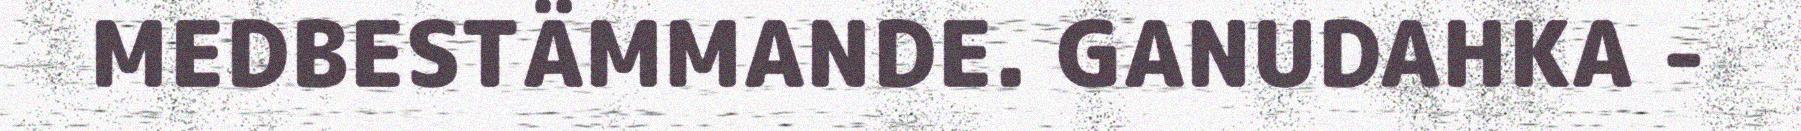
MEDBESTÄMMANDE. GANUDAHKA -